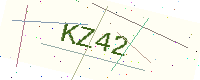
Text: KZ42